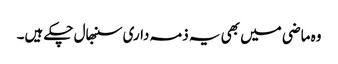
وہ ماضی میں بھی یہ ذمہ داری سنبھال چکے ہیں۔